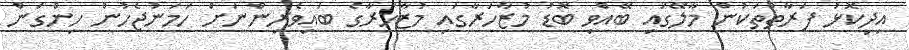
އިދިކޮޅު ފަރާތްތަކުން މާލޭގައި ބޭއްވި ބޮޑު މުޒާހަރާގައި މުޒާހަރާގެ ބައިވެރިންނަށް ހަމަނުޖެހުން ހިންގަން